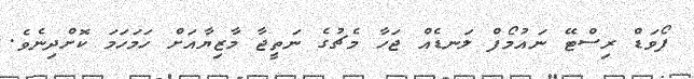
ފޯވަޑް ރިސްޓޭ ނައުމޯފް ލަނޑެއް ޖަހާ މެޗުގެ ނަތީޖާ މާޒިޔާއަށް ހަމަހަމަ ކޮށްދިނެވެ.